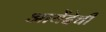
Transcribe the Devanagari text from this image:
आयेंदेची